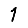
Digit: 1